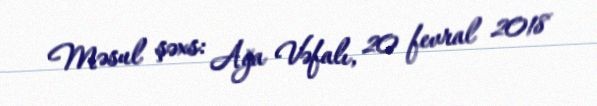
Məsul şəxs: Ağa Vəfalı, 20 fevral 2018